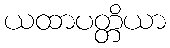
ယထာပတ္တိယာ